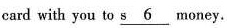
card with you to \underline{s 6} money.